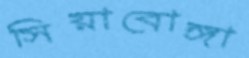
সিয়াবোঙ্গা